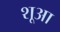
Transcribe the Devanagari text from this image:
शूआ